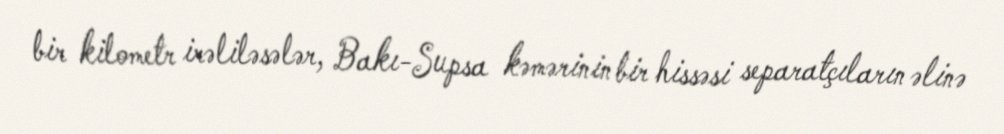
bir kilometr irəliləsələr, Bakı-Supsa kəmərinin bir hissəsi separatçıların əlinə